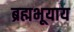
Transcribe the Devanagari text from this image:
ब्रह्मभूयाय